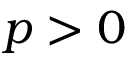
p > 0